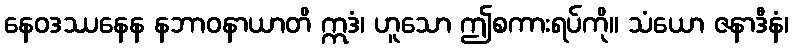
နေဝဒဿနေန နဘာဝနာယာတိ ဣဒံ၊ ဟူသော ဤစကားရပ်ကို။ သံယော ဇနာဒီနံ၊